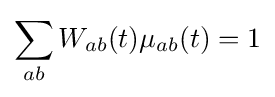
\sum _{ab}W_{ab}(t)\mu _{ab}(t)=1